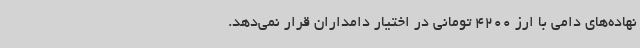
نهاده‌های دامی با ارز 4200 تومانی در اختیار دامداران قرار نمی‌دهد.